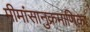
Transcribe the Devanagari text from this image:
मीमांसानुक्रमाणिका